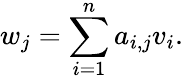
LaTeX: w_{j}=\sum_{i=1}^{n}a_{i,j}v_{i}.